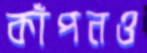
কাঁপনও